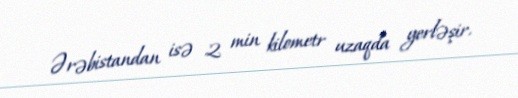
Ərəbistandan isə 2 min kilometr uzaqda yerləşir.